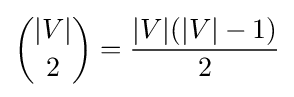
{\binom {|V|}{2}}={\frac {|V|(|V|-1)}{2}}